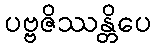
ပဗ္ဗဇိဿန္တိပေ